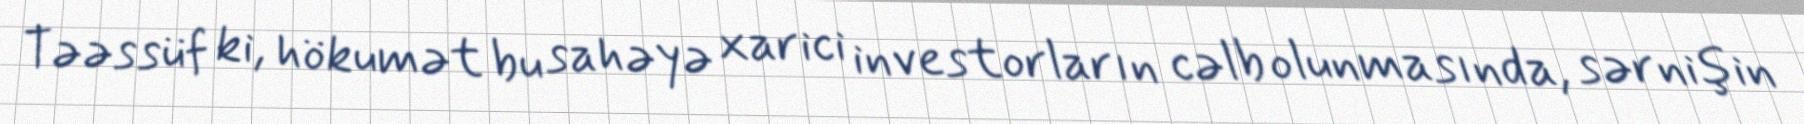
Təəssüf ki, hökumət bu sahəyə xarici investorların cəlb olunmasında, sərnişin